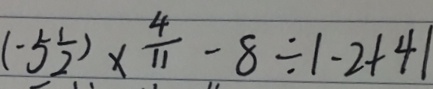
( - 5 \frac { 1 } { 2 } ) \times \frac { 4 } { 1 1 } - 8 \div \vert - 2 + 4 \vert